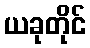
ယခုတိုင်